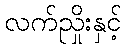
လက်ညှိုးနှင့်